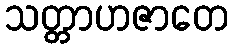
သတ္တာဟဇာတေ